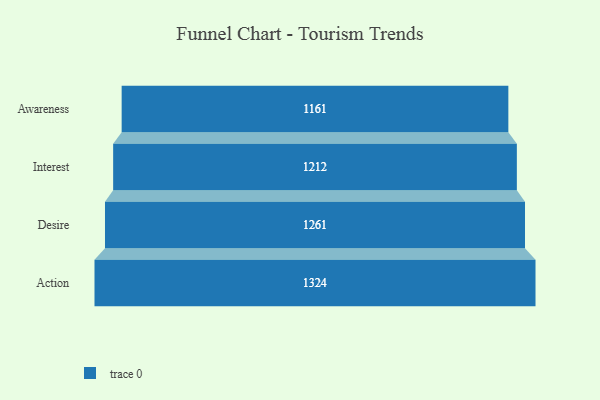
{"axis": {"x": "Stage", "y": "Value"}, "legend": [""], "data": [{"x": "Awareness", "y": 1161.0, "type": ""}, {"x": "Interest", "y": 1212.0, "type": ""}, {"x": "Desire", "y": 1261.0, "type": ""}, {"x": "Action", "y": 1324.0, "type": ""}]}